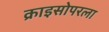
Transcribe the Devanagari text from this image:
क्राइसोपरला